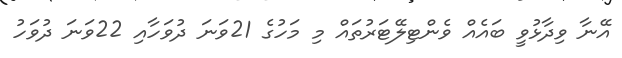
އޭނާ ވިދާޅުވީ ބައެއް ވެންޓިލޭޓަރުތައް މި މަހުގެ 21ވަނަ ދުވަހާއި 22ވަނަ ދުވަހު